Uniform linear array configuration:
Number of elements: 64
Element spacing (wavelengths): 0.75
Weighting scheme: hann
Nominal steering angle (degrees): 15
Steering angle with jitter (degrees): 15.162
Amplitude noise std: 0.05
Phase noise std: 0.05

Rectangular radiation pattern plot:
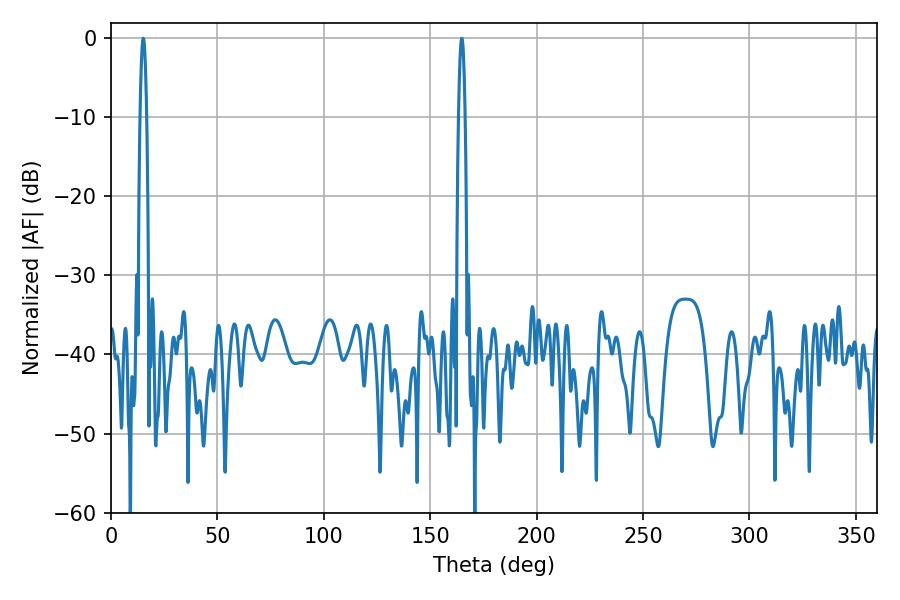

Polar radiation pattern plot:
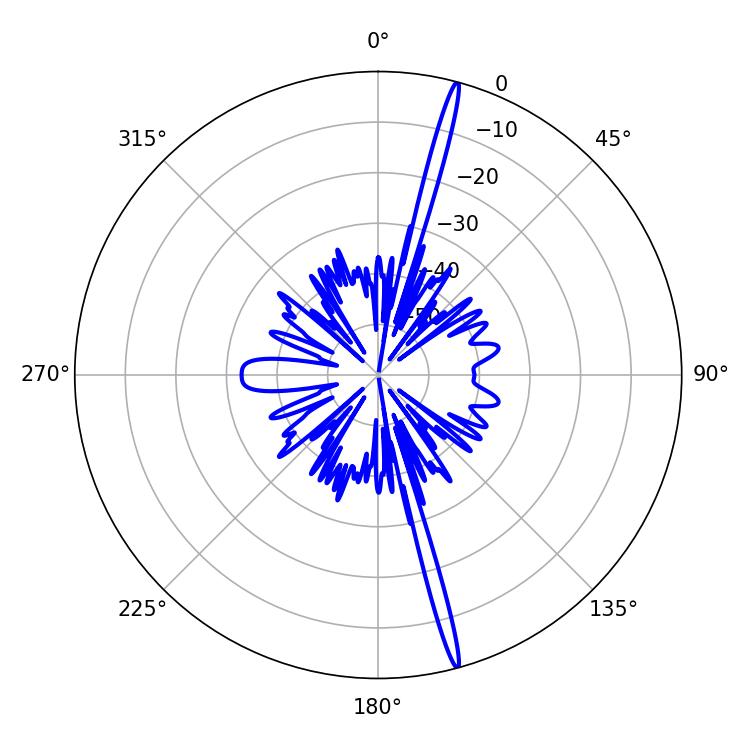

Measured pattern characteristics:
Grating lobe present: TRUE
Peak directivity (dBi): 20.651
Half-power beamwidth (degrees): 1.62
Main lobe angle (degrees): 164.88